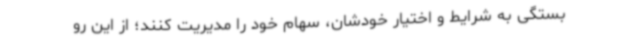
بستگی به شرایط و اختیار خودشان، سهام خود را مدیریت کنند؛ از این رو